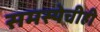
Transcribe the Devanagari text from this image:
समस्येचीही